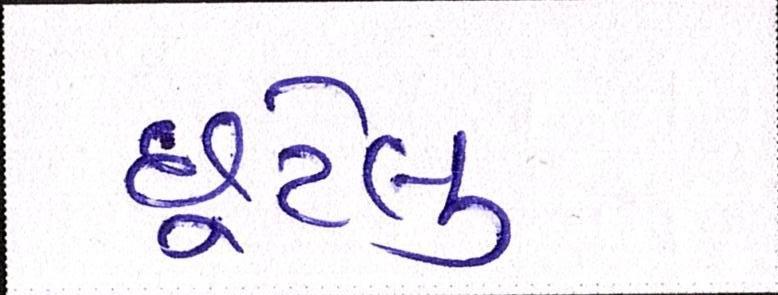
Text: છૂટેલું